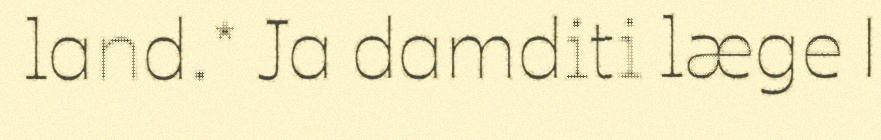
land.* Ja damditi læge |